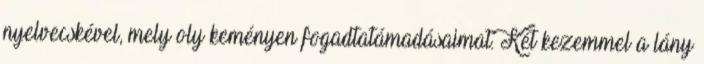
nyelvecskével, mely oly keményen fogadtatámadásaimat. Két kezemmel a lány